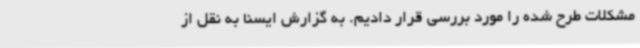
مشکلات طرح شده را مورد بررسی قرار دادیم. به گزارش ایسنا به نقل از